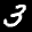
Label: 3